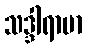
သဒ္ဒါရာမာ